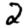
Digit: 2